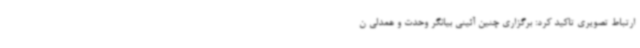
ارتباط تصویری تاکید کرد: برگزاری چنین آئینی بیانگر وحدت و همدلی ن